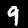
Label: 9